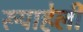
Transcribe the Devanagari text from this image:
रूपाहेली